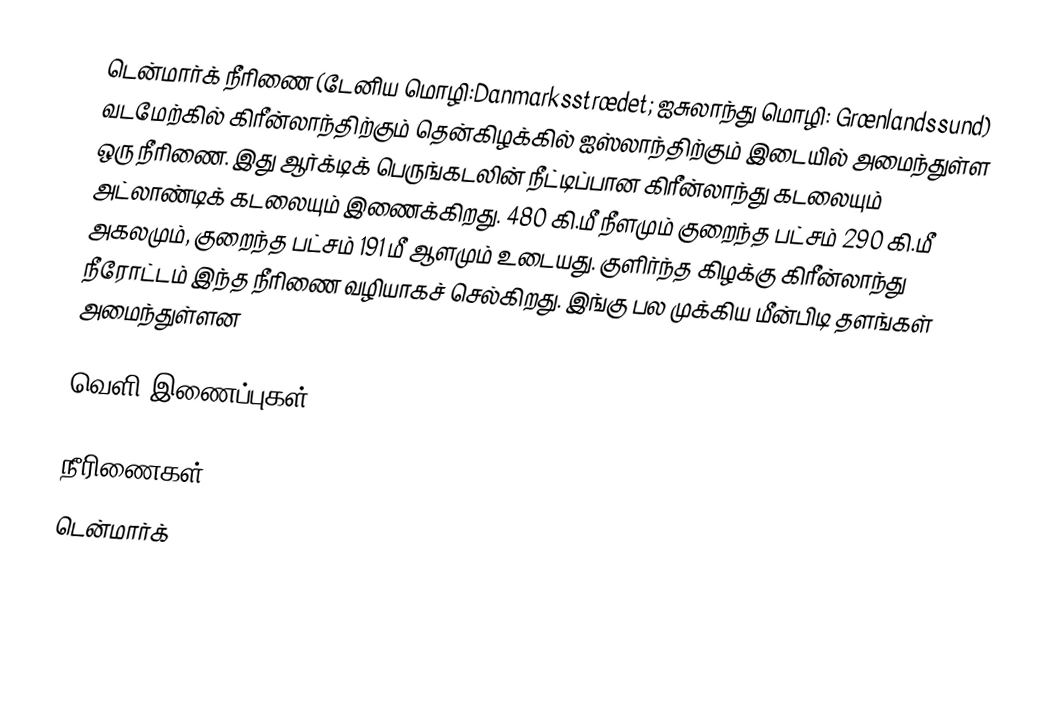
டென்மார்க் நீரிணை (டேனிய மொழி:Danmarksstrædet; ஐசுலாந்து மொழி: Grænlandssund) வடமேற்கில் கிரீன்லாந்திற்கும் தென்கிழக்கில் ஐஸ்லாந்திற்கும் இடையில் அமைந்துள்ள ஒரு நீரிணை.  இது ஆர்க்டிக் பெருங்கடலின் நீட்டிப்பான கிரீன்லாந்து கடலையும் அட்லாண்டிக் கடலையும் இணைக்கிறது. 480 கி.மீ நீளமும் குறைந்த பட்சம் 290 கி.மீ அகலமும், குறைந்த பட்சம் 191 மீ ஆளமும் உடையது. குளிர்ந்த கிழக்கு கிரீன்லாந்து நீரோட்டம் இந்த நீரிணை வழியாகச் செல்கிறது. இங்கு பல முக்கிய மீன்பிடி தளங்கள் அமைந்துள்ளன

வெளி இணைப்புகள்

நீரிணைகள்
டென்மார்க்